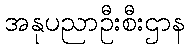
အနုပညာဦးစီးဌာန